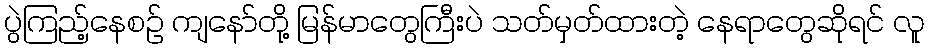
ပွဲကြည့်နေစဉ် ကျနော်တို့ မြန်မာတွေကြီးပဲ သတ်မှတ်ထားတဲ့ နေရာတွေဆိုရင် လူ